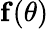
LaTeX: \mathbf f(\theta)